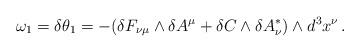
LaTeX: \begin{align*}\omega_1=\delta\theta_1= -(\delta F_{\nu\mu}\wedge \delta A^\mu+\delta C\wedge \delta A^\ast_\nu)\wedge d^3x^\nu\,.\end{align*}